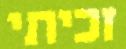
זכיתי